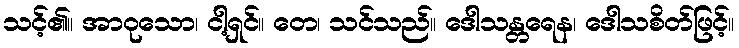
သင့်၏။ အာဝုသော၊ ငါ့ရှင်။ တေ၊ သင်သည်။ ဒေါသန္တရေန၊ ဒေါသစိတ်ဖြင့်။